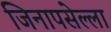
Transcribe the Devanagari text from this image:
जिनापसेल्ला